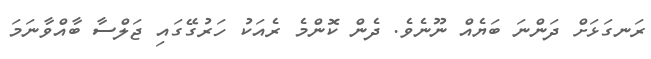
ރަނގަޅަށް ދަންނަ ބަޔެއް ނޫނެވެ. ދެން ކޮންމެ ރެއަކު ހަރުގޭގައި ޖަލްސާ ބާއްވާނަމަ